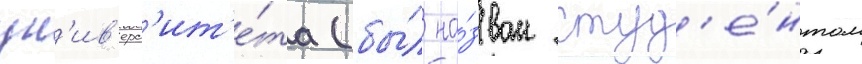
ун'ив'ерс'ит'е́та (бы́л на́зван студ'е́нтом